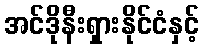
အင်ဒိုနီးရှားနိုင်ငံနှင့်